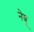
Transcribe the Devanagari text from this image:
नेबू